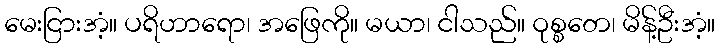
မေးငြားအံ့။ ပရိဟာရော၊ အဖြေကို။ မယာ၊ ငါသည်။ ဝုစ္စတေ၊ မိန့်ဦးအံ့။